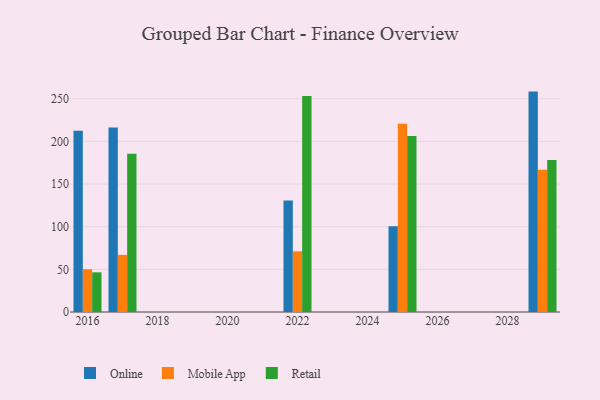
{"axis": {"x": "Year", "y": "Conversion Rate (%)"}, "legend": ["Mobile App", "Online", "Retail"], "data": [{"x": "2022", "y": 130.7, "type": "Online"}, {"x": "2022", "y": 71.1, "type": "Mobile App"}, {"x": "2022", "y": 253.3, "type": "Retail"}, {"x": "2017", "y": 216.2, "type": "Online"}, {"x": "2017", "y": 67.0, "type": "Mobile App"}, {"x": "2017", "y": 185.4, "type": "Retail"}, {"x": "2025", "y": 100.5, "type": "Online"}, {"x": "2025", "y": 220.8, "type": "Mobile App"}, {"x": "2025", "y": 206.4, "type": "Retail"}, {"x": "2016", "y": 212.5, "type": "Online"}, {"x": "2016", "y": 50.1, "type": "Mobile App"}, {"x": "2016", "y": 46.5, "type": "Retail"}, {"x": "2029", "y": 258.4, "type": "Online"}, {"x": "2029", "y": 166.9, "type": "Mobile App"}, {"x": "2029", "y": 178.2, "type": "Retail"}]}